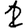
Digit: 2